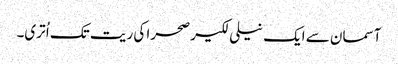
آسمان سے ایک نیلی لکیر صحرا کی ریت تک اُ تری۔